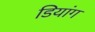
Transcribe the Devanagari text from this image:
डियांग